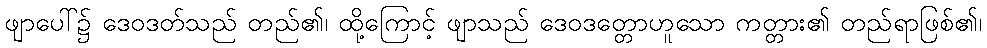
ဖျာပေါ်၌ ဒေဝဒတ်သည် တည်၏၊ ထို့ကြောင့် ဖျာသည် ဒေဝဒတ္တောဟူသော ကတ္တား၏ တည်ရာဖြစ်၏၊